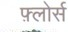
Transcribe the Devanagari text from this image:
फ़्लोर्स